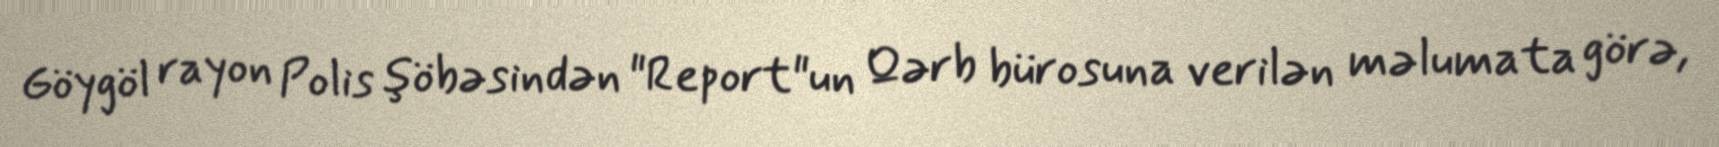
Göygöl rayon Polis şöbəsindən "Report"un Qərb bürosuna verilən məlumata görə,